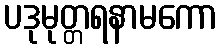
ပဒုမုတ္တရနာမကော